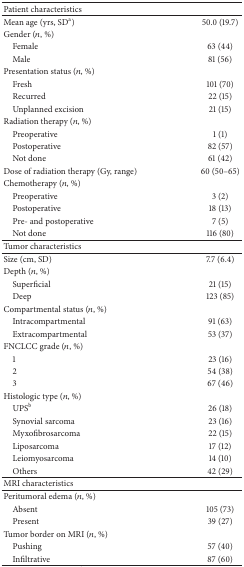
<table><thead><tr><td><b>Patient characteristics</b></td><td>[EMPTY_CELL]</td></tr></thead><tbody><tr><td>Mean age (yrs, SD<sup>a</sup>)</td><td>50.0 (19.7)</td></tr><tr><td>Gender (<i>n</i>, %)</td><td>[EMPTY_CELL]</td></tr><tr><td> Female</td><td>63 (44)</td></tr><tr><td> Male</td><td>81 (56)</td></tr><tr><td>Presentation status (<i>n</i>, %)</td><td>[EMPTY_CELL]</td></tr><tr><td> Fresh</td><td>101 (70)</td></tr><tr><td> Recurred</td><td>22 (15)</td></tr><tr><td> Unplanned excision</td><td>21 (15)</td></tr><tr><td>Radiation therapy (<i>n</i>, %)</td><td>[EMPTY_CELL]</td></tr><tr><td> Preoperative</td><td>1 (1)</td></tr><tr><td> Postoperative</td><td>82 (57)</td></tr><tr><td> Not done</td><td>61 (42)</td></tr><tr><td>Dose of radiation therapy (Gy, range)</td><td>60 (50–65)</td></tr><tr><td>Chemotherapy (<i>n</i>, %)</td><td>[EMPTY_CELL]</td></tr><tr><td> Preoperative</td><td>3 (2)</td></tr><tr><td> Postoperative</td><td>18 (13)</td></tr><tr><td> Pre- and postoperative</td><td>7 (5)</td></tr><tr><td> Not done</td><td>116 (80)</td></tr><tr><td>Tumor characteristics</td><td>[EMPTY_CELL]</td></tr><tr><td>Size (cm, SD)</td><td>7.7 (6.4)</td></tr><tr><td>Depth (<i>n</i>, %)</td><td>[EMPTY_CELL]</td></tr><tr><td> Superficial</td><td>21 (15)</td></tr><tr><td> Deep</td><td>123 (85)</td></tr><tr><td>Compartmental status (<i>n</i>, %)</td><td>[EMPTY_CELL]</td></tr><tr><td> Intracompartmental</td><td>91 (63)</td></tr><tr><td> Extracompartmental</td><td>53 (37)</td></tr><tr><td>FNCLCC grade (<i>n</i>, %)</td><td>[EMPTY_CELL]</td></tr><tr><td> 1</td><td>23 (16)</td></tr><tr><td> 2</td><td>54 (38)</td></tr><tr><td> 3</td><td>67 (46)</td></tr><tr><td>Histologic type (<i>n</i>, %)</td><td>[EMPTY_CELL]</td></tr><tr><td> UPS<sup>b</sup></td><td>26 (18)</td></tr><tr><td> Synovial sarcoma</td><td>23 (16)</td></tr><tr><td> Myxofibrosarcoma</td><td>22 (15)</td></tr><tr><td> Liposarcoma</td><td>17 (12)</td></tr><tr><td> Leiomyosarcoma</td><td>14 (10)</td></tr><tr><td> Others</td><td>42 (29)</td></tr><tr><td>MRI characteristics</td><td>[EMPTY_CELL]</td></tr><tr><td>Peritumoral edema (<i>n</i>, %)</td><td>[EMPTY_CELL]</td></tr><tr><td> Absent</td><td>105 (73)</td></tr><tr><td> Present</td><td>39 (27)</td></tr><tr><td>Tumor border on MRI (<i>n</i>, %)</td><td>[EMPTY_CELL]</td></tr><tr><td> Pushing</td><td>57 (40)</td></tr><tr><td> Infiltrative</td><td>87 (60)</td></tr></tbody></table>